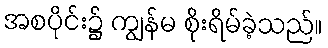
အစပိုင်း၌ ကျွန်မ စိုးရိမ်ခဲ့သည်။